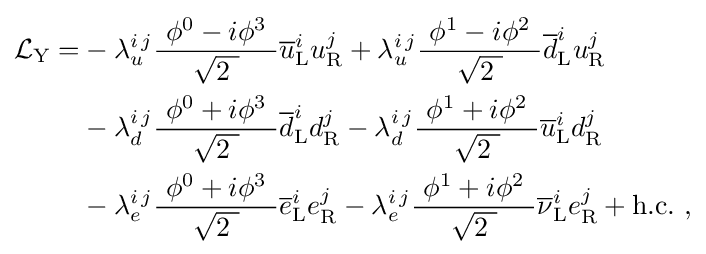
{\begin{aligned}{\mathcal {L}}_{\text{Y}}=&-\lambda _{u}^{i\,j}{\frac {\ \phi ^{0}-i\phi ^{3}\ }{\sqrt {2\ }}}{\overline {u}}_{\text{L}}^{i}u_{\text{R}}^{j}+\lambda _{u}^{i\,j}{\frac {\ \phi ^{1}-i\phi ^{2}\ }{\sqrt {2\ }}}{\overline {d}}_{\text{L}}^{i}u_{\text{R}}^{j}\\&-\lambda _{d}^{i\,j}{\frac {\ \phi ^{0}+i\phi ^{3}\ }{\sqrt {2\ }}}{\overline {d}}_{\text{L}}^{i}d_{\text{R}}^{j}-\lambda _{d}^{i\,j}{\frac {\ \phi ^{1}+i\phi ^{2}\ }{\sqrt {2\ }}}{\overline {u}}_{\text{L}}^{i}d_{\text{R}}^{j}\\&-\lambda _{e}^{i\,j}{\frac {\ \phi ^{0}+i\phi ^{3}\ }{\sqrt {2\ }}}{\overline {e}}_{\text{L}}^{i}e_{\text{R}}^{j}-\lambda _{e}^{i\,j}{\frac {\ \phi ^{1}+i\phi ^{2}\ }{\sqrt {2\ }}}{\overline {\nu }}_{\text{L}}^{i}e_{\text{R}}^{j}+{\textrm {h.c.}}\ ,\end{aligned}}